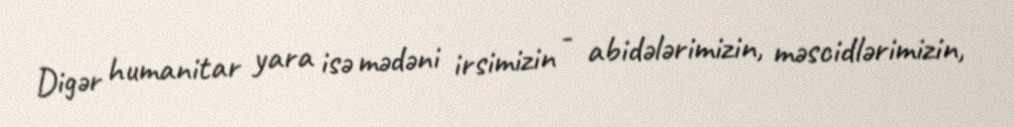
Digər humanitar yara isə mədəni irsimizin - abidələrimizin, məscidlərimizin,